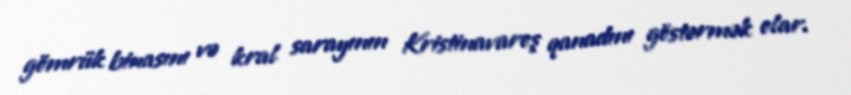
gömrük binasını və kral sarayının Kristinavaroş qanadını göstərmək olar.